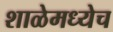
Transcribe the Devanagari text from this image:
शाळेमध्येच